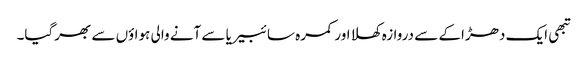
تبھی ایک دھڑاکے سے دروازہ کھلا اور کمرہ سائبیریا سے آنے والی ہواؤں سے بھرگیا۔